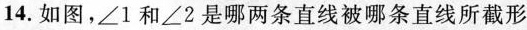
14.如图，∠1和∠2是哪两条直线被哪条直线所截形